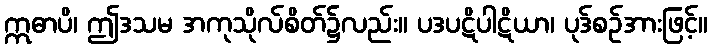
ဣဓာပိ၊ ဤဒသမ အကုသိုလ်စိတ်၌လည်း။ ပဒပဋိပါဋိယာ၊ ပုဒ်စဉ်အားဖြင့်။